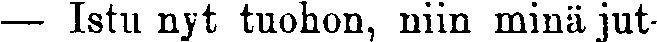
— Istu nyt tuohon, niin minä jut-